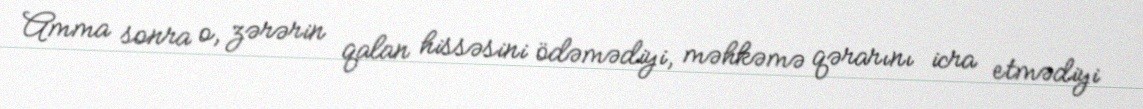
Amma sonra o, zərərin qalan hissəsini ödəmədiyi, məhkəmə qərarını icra etmədiyi